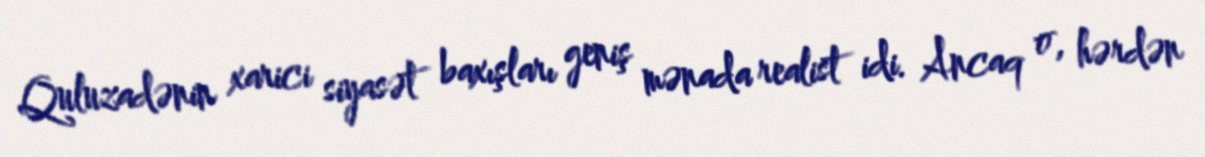
Quluzadənin xarici siyasət baxışları geniş mənada realist idi. Ancaq o, hərdən